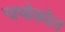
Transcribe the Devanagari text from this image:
गायोकोल